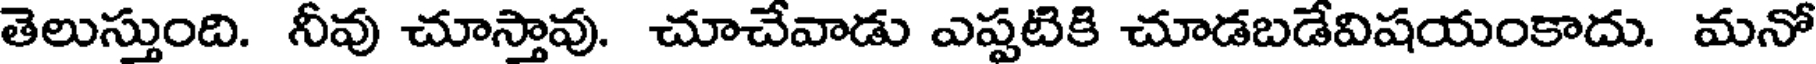
తెలుస్తుంది. నీవు చూస్తావు. చూచేవాడు ఎప్పటికి చూడబడేవిషయంకాదు. మనో